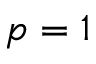
p = 1